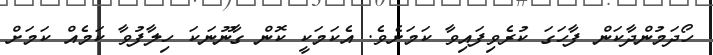
ހޯދަމުންދާކަން ފާހަގަ ކުރެވިފައިވާ ކަމަށެވެ. އެކަމަކީ ކޮން ގާނޫނަކަ ހިލާފުވާ ކަމެއް ކަމަށް